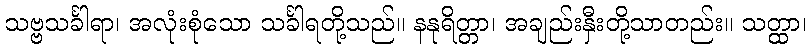
သဗ္ဗသင်္ခါရာ၊ အလုံးစုံသော သင်္ခါရတို့သည်။ နနုရိတ္တာ၊ အချည်းနှီးတို့သာတည်း။ သတ္ထာ၊